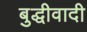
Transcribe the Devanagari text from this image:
बुद्धीवादी